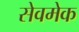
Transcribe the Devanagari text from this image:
सेवमेक